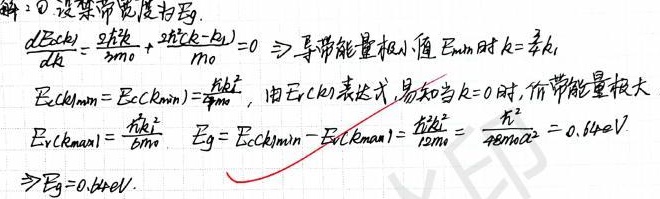
解：\textcircled{1}设禁带宽度为\(E_{g}\)。\(\frac{dE_{c}(k)}{dk}=\frac{\partial \hbar^{2}}{2m_{0}}+\frac{2\hbar^{2}(k - k_{1})}{m_{0}} = 0 \Rightarrow\)导带能量极小值\(E_{cmin}\)时\(k = \frac{3}{4}k_{1}\)，\(E_{c}(k)_{min}=E_{c}(k_{min})=\frac{\hbar k_{1}^{2}}{8m_{0}}\)。由\(E_{V}(k)\)表达式，易知当\(k = 0\)时，价带能量极大\(E_{V}(k)_{max}=\frac{\hbar k_{1}^{2}}{6m_{0}}\)，\(E_{g}=E_{c}(k)_{min}-E_{V}(k)_{max}=\frac{\hbar k_{1}^{2}}{12m_{0}}=\frac{\hbar^{2}}{48m_{0}a^{2}} = 0.64eV\Rightarrow E_{g}=0.64eV\)。